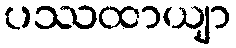
ပဿထာယျာ